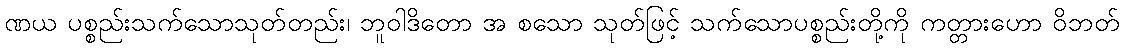
ဏယ ပစ္စည်းသက်သောသုတ်တည်း၊ ဘူဝါဒိတော အ စသော သုတ်ဖြင့် သက်သောပစ္စည်းတို့ကို ကတ္တားဟော ဝိဘတ်